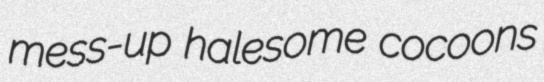
mess-up halesome cocoons